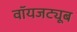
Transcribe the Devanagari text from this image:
वॉयजट्यूब